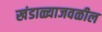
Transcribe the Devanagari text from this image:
खंडाळ्याजवळील